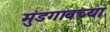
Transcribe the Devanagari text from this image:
मुंडगावच्या